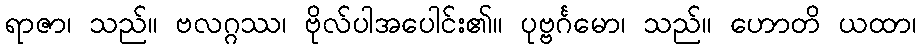
ရာဇာ၊ သည်။ ဗလဂ္ဂဿ၊ ဗိုလ်ပါအပေါင်း၏။ ပုဗ္ဗင်္ဂမော၊ သည်။ ဟောတိ ယထာ၊